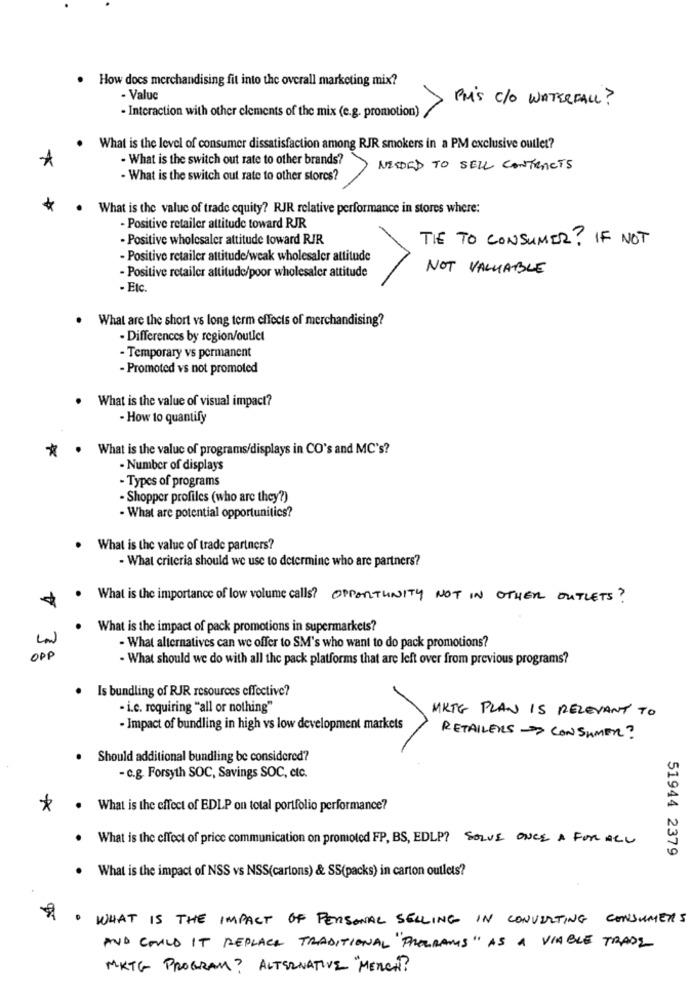
How docs merchandising fit into the overall marketing mix?
- Value
PM'S C/O WATERFALL ?
- Interaction with other elements of the mix (e.g. promotion)
What is the level of consumer dissatisfaction among RJR smokers in a PM exclusive outlet?
*
- What is the switch out rate to other brands?
NEEDED TO SELL CONTRACTS
- What is the switch out rate to other stores?
What is the value of trade equity? RJR relative performance in stores where:
- Positive retailer attitude toward RJR
- Positive wholesaler attitude toward RJR
TIE TO CONSUMER ? IF NOT
- Positive retailer attitude/weak wholesaler attitude
- Positive retailer attitude/poor wholesaler attitude
NOT VALUABLE
- Etc.
.
What are the short vs long term effects of merchandising?
· Differences by region/outlet
- Temporary vs permanent
- Promoted vs not promoted
.
What is the value of visual impact?
- How to quantify
* . What is the value of programs/displays in CO's and MC's?
· Number of displays
- Types of programs
- Shopper profiles (who are they?)
- What are potential opportunities?
. What is the value of trade partners?
- What criteria should we use to determine who are partners?
. What is the importance of low volume calls? OPPORTUNITY NOT IN OTHER OUTLETS ?
. What is the impact of pack promotions in supermarkets?
· What alternatives can we offer to SM's who want to do pack promotions?
OPP
- What should we do with all the pack platforms that are left over from previous programs?
. Is bundling of RJR resources effective?
- i.c. requiring "all or nothing"
MKTG PLAN IS RELEVANT TO
- Impact of bundling in high vs low development markets
RETAILERS CONSUMER?
Should additional bundling be considered?
- c.g. Forsyth SOC, Savings SOC, etc.
* · What is the effect of EDIP on total portfolio performance?
. What is the effect of price communication on promoted FP, BS, EDLP? SOLVE ONCE A FOR ALL
51944 2379
. What is the impact of NSS vs NSS(cartons) & SS(packs) in carton outlets?
WHAT IS THE IMPACT OF PERSONAL SELLING IN CONVERTING CONSUMERS
AND COULD IT REPLACE TRADITIONAL "PROGRAMS" AS A VIABLE TRADE
MKTG PROGRAM? ALTERNATIVE "MERCH?